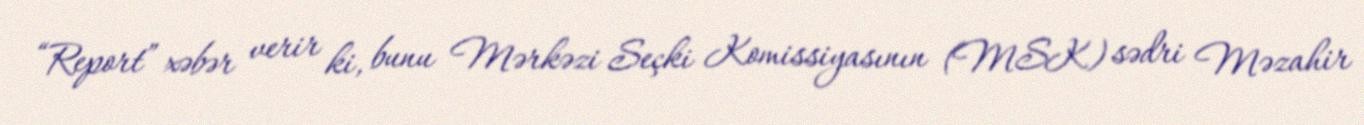
“Report” xəbər verir ki, bunu Mərkəzi Seçki Komissiyasının (MSK) sədri Məzahir